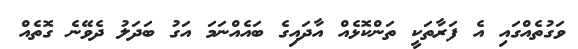
ވަގުތެއްގައި އެ ފަރާތަކީ ތަންކޮޅެއް އާދައިގެ ބައެއްނަމަ އަގު ބަދަލު ދެވޭނެ ގޮތެއް